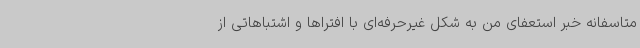
متاسفانه خبر استعفای من به شکل غیرحرفه‌ای با افتراها و اشتباهاتی از